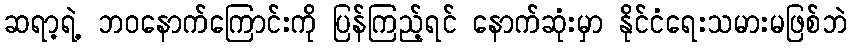
ဆရာ့ရဲ့ ဘဝနောက်ကြောင်းကို ပြန်ကြည့်ရင် နောက်ဆုံးမှာ နိုင်ငံရေးသမားမဖြစ်ဘဲ